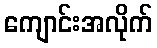
ကျောင်းအလိုက်